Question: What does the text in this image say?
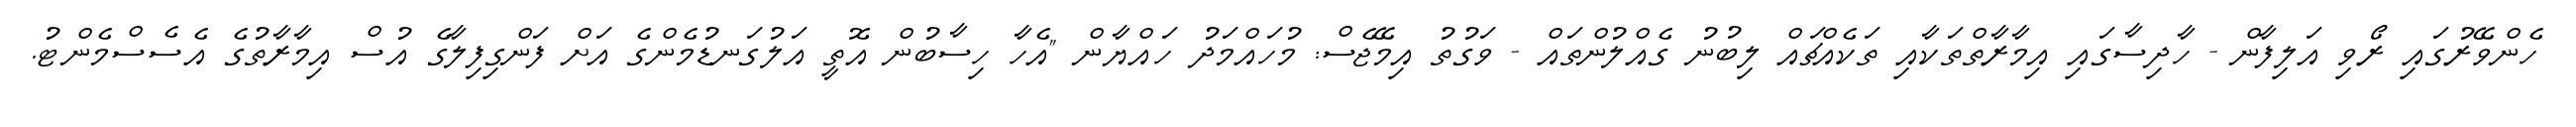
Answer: ހެންވޭރުގައި ރޯވި އަލިފާން - ހާދިސާގައި އިމާރާތްތަކާއި ތަކެއްޗައް ލިބުނު ގެއްލުންތައް - ވަގުތު އިމޭޖެސް: މުހައްމަދު ހައްޔާން "އެހާ ހިސާބުން އޮތީ އަލުގަނޑުމެންގެ އަށް ފަންގިފިލާގެ އުސް އިމާރާތުގެ އެސެސްމެންޓު.